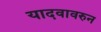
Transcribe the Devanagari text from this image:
यादवावरुन